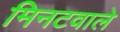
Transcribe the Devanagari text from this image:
मिनटवाले